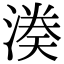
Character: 𭱱